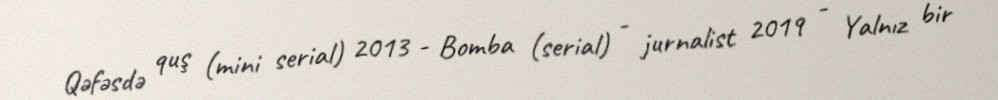
Qəfəsdə quş (mini serial) 2013 - Bomba (serial) - jurnalist 2019 - Yalnız bir